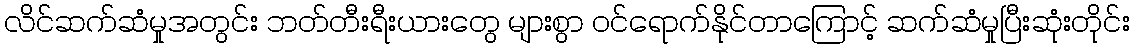
လိင်ဆက်ဆံမှုအတွင်း ဘတ်တီးရီးယားတွေ များစွာ ဝင်ရောက်နိုင်တာကြောင့် ဆက်ဆံမှုပြီးဆုံးတိုင်း